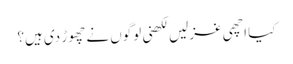
کیا اچھی غزلیں لکھنی لوگوں نے چھوڑ دی ہیں؟